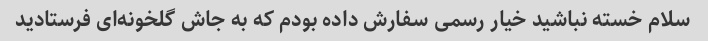
سلام خسته نباشید خیار رسمی سفارش داده بودم که به جاش گلخونه‌ای فرستادید